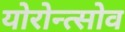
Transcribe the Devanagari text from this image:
योरोन्त्सोव